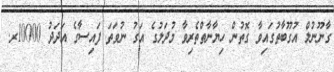
ގާނޫނުލް އުގޫބާތުގައިވާ ގޮތުން ހިޔާނާތްތެރިވާ މުދަލުގެ އަގު ނުވަތަ ފައިސާގެ އަދަދު 10000ރ.